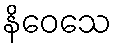
နိဝေသေ